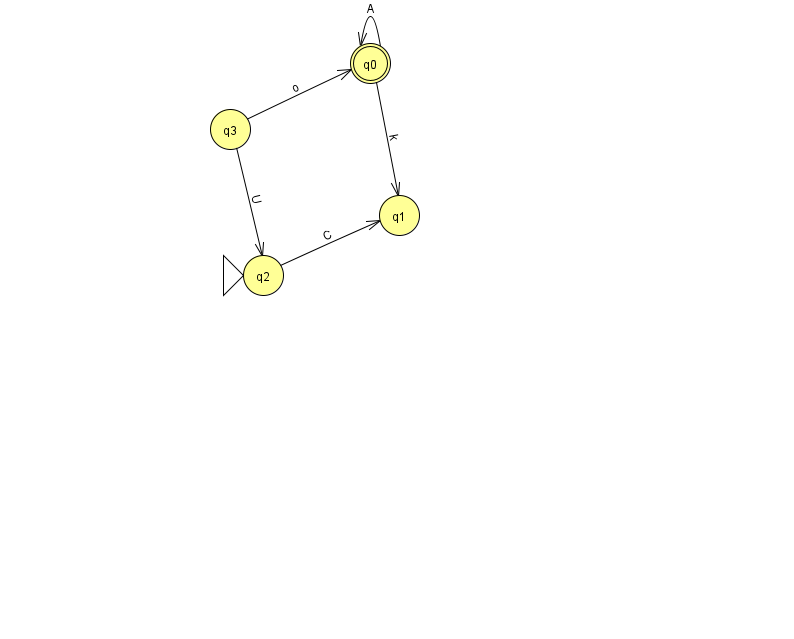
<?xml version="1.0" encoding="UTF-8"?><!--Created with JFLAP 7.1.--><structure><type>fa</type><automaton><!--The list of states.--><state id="0" name="q0"><x>370.0</x><y>50.0</y><final/></state><state id="1" name="q1"><x>399.0</x><y>202.0</y></state><state id="2" name="q2"><x>263.0</x><y>262.0</y><initial/></state><state id="3" name="q3"><x>230.0</x><y>116.0</y></state><!--The list of transitions.--><transition><from>0</from><to>0</to><read>A</read></transition><transition><from>2</from><to>1</to><read>C</read></transition><transition><from>3</from><to>0</to><read>o</read></transition><transition><from>3</from><to>2</to><read>U</read></transition><transition><from>0</from><to>1</to><read>k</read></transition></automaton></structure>